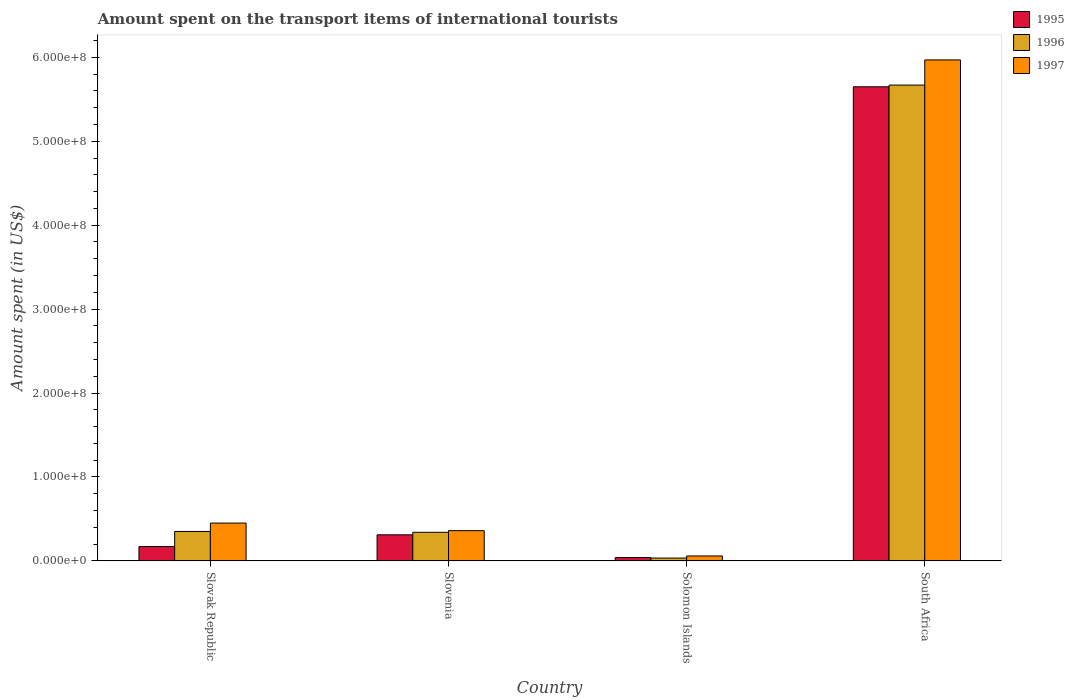
| Country | 1995 | 1996 | 1997 |
 | --- | --- | --- | --- |
 | Slovak Republic | 1.7e+07 | 3.5e+07 | 4.5e+07 |
 | Slovenia | 3.1e+07 | 3.4e+07 | 3.6e+07 |
 | Solomon Islands | 3.9e+06 | 3.3e+06 | 5.8e+06 |
 | South Africa | 5.65e+08 | 5.67e+08 | 5.97e+08 |